Leaving Certificate Examination, 1921
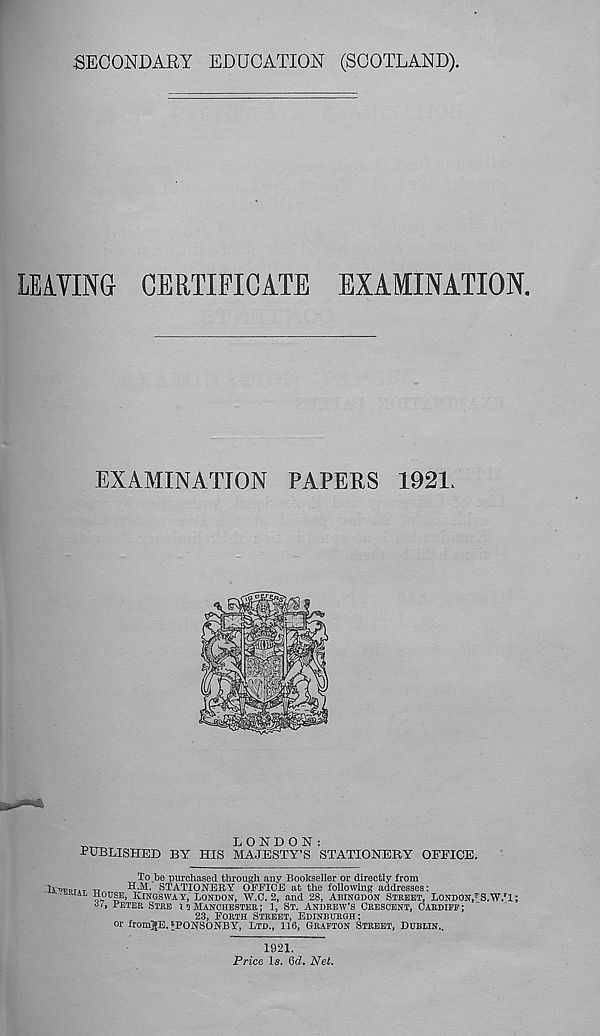
SECONDARY EDUCATION (SCOTLAND).
LEAVING- CERTIFICATE EXAMINATION.
EXAMINATION PAPERS 1921,
„
LONDON:
PUBLISHED BY HIS MAJESTY’S STATIONERY OFFICE.
To be purchased through any Bookseller or directly from
IV^PTAT TT
H - m - STATIONERY OFFICE at the following addresses:
4L iS 11 ® 13 ’ KINSSWAY, LONDON, W.C. 2, and 28, ABINQDON STREET, LONDON, T S.W.'l;
ar, IETER STRE n MANCHESTER; 1, ST. ANDREW’S CRESCENT, CARDIFE;
23, FORTH STREET, EDINEDRGH;
or fromjjBAPONSONBY, LTD., 116, GRAFTON STREET, DUBLIN..
1921.
Price Is. 6L Net.